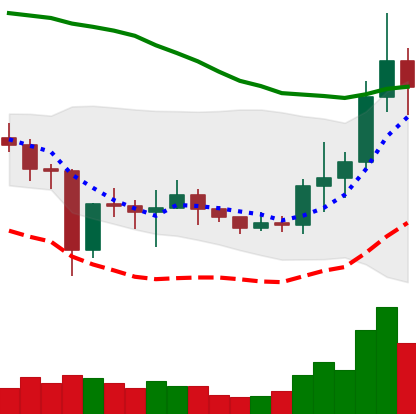
Ticker: NEO-USD
Chart end date: 2021-01-08
Forward return: 16.948%
Label: up_7plus